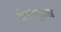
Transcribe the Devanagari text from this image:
वेरागुआ